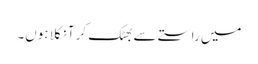
میں راستے سے بھٹک کر آ نکلا ہوں۔